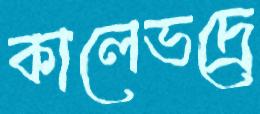
কালেভদ্রে